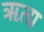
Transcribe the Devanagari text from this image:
ॠत्द्य